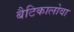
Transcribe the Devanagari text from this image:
बैटिकालोवा